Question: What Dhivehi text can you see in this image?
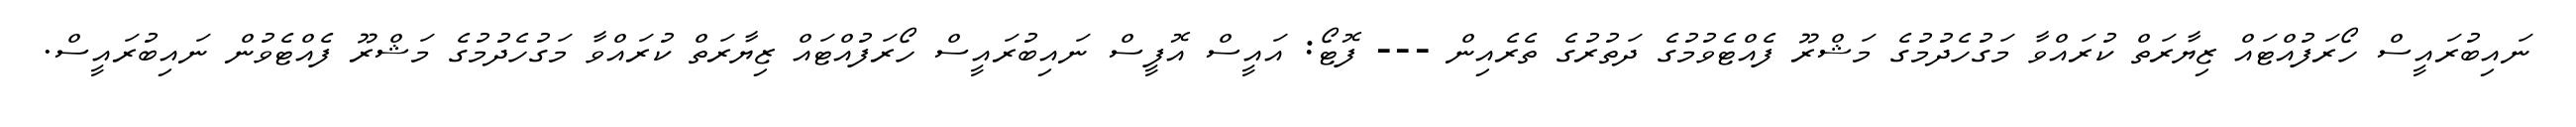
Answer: ނައިބުރައީސް ހޯރަފުއްޓައް ޒިޔާރަތް ކުރައްވާ މަގުހެދުމުގެ މަޝްރޫ ފެއްޓެވުމުގެ ދަތުރުގެ ތެރެއިން --- ފޮޓޯ: އައީސް އޮފީސް ނައިބުރައީސް ހޯރަފުއްޓައް ޒިޔާރަތް ކުރައްވާ މަގުހެދުމުގެ މަޝްރޫ ފެއްޓެވުން ނައިބުރައީސް.